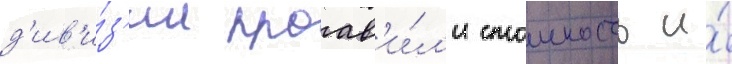
д'ив'и́з'ии проав'и́л'и стоикость и́